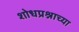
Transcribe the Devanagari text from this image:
शोधप्रश्नाच्या